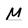
Character: M